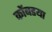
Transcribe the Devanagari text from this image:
कोंबडया